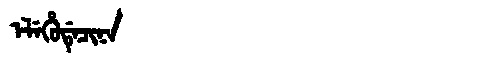
Manchu: ᡝᠯᡝᡥᡠᡩᡝᠴᡳᠨᠠ
Romanization: ELEHUDECINA